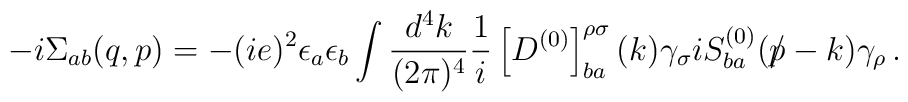
- i  \Sigma_{ab}  (q,p) = - (i e)^2   \epsilon_a \epsilon_b  \int {d^4 k \over (2 \pi)^4} {1 \over i} \left[D^{(0)}\right]^{\rho\sigma}_{ba}(k) \gamma_\sigma i S^{(0)}_{ba}( {p} {\mkern -9.0mu /}  - k)  \gamma_\rho \, .